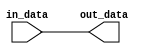
module low_power_buffer (
    input wire in_data,
    output reg out_data
);

assign out_data = in_data; // Basic buffer functionality

endmodule